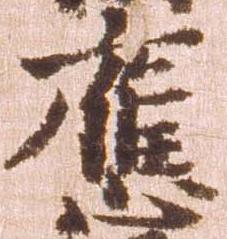
応